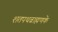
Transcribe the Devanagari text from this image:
शतपथब्राह्मणके